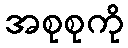
အစုစုကို